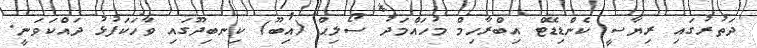
ދަތުރުގައި ރިޔާސީ ކެންޑިޑޭޓް އިބްރާހިމް މުހައްމަދު ސޯލިޙް (އިބޫ) ކިނބިދޫގައި ވާހަކަފުޅު ދައްކަވަނީ.